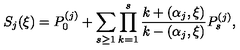
S _ { j } ( \xi ) = P _ { 0 } ^ { ( j ) } + \sum _ { s \geq 1 } \prod _ { k = 1 } ^ { s } \frac { k + ( \alpha _ { j } , \xi ) } { k - ( \alpha _ { j } , \xi ) } P _ { s } ^ { ( j ) } ,